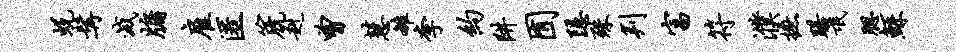
蜕髯灭牖雇匿篪赳曾慧雒李约阱囿隐殊判富符濮摭躇氓腮鲧